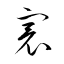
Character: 寰